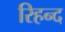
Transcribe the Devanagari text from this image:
रिहन्‍द